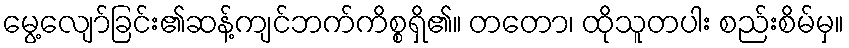
မွေ့လျော်ခြင်း၏ဆန့်ကျင်ဘက်ကိစ္စရှိ၏။ တတော၊ ထိုသူတပါး စည်းစိမ်မှ။